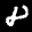
Label: 8